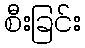
စီးခြင်း